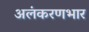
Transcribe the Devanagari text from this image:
अलंकरणभार